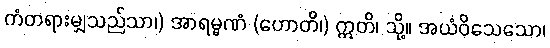
ကံတရားမျှသည်သာ၊) အာရမ္မဏံ (ဟောတိ၊) ဣတိ၊ သို့။ အယံဝိသေသော၊